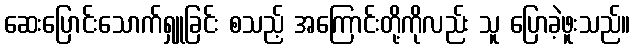
ဆေးပြောင်းသောက်ရှူခြင်း စသည့် အကြောင်းတို့ကိုလည်း သူ ပြောခဲ့ဖူးသည်။